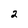
Character: 2